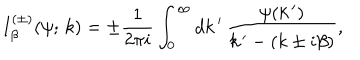
I _ { \beta } ^ { ( \pm ) } ( \psi ; \, k ) = \pm \frac { 1 } { 2 \pi i } \int _ { 0 } ^ { \infty } d k \, ^ { \prime } \, \frac { \psi ( k \, ^ { \prime } ) } { k \, ^ { \prime } - ( k \pm i \beta ) } ,